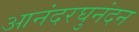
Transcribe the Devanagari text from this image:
आनंदरघुनंदन